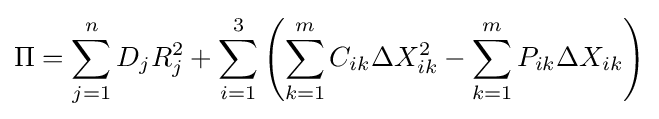
\Pi =\sum _{j=1}^{n}D_{j}R_{j}^{2}+\sum _{i=1}^{3}\left(\sum _{k=1}^{m}C_{ik}\Delta X_{ik}^{2}-\sum _{k=1}^{m}P_{ik}\Delta X_{ik}\right)